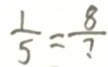
\frac { 1 } { 5 } = \frac { 8 } { ? }